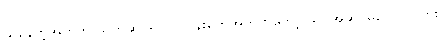
သိနေတဲ့အတွက် သက်ဆိုင်ရာလုပ်ငန်းတွေအတွက်တော့ သိပ်အဆင်မပြေလှပါဘူး။